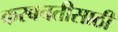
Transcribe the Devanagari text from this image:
करबचतीसाठी